Vaccination in the Punjab 1919-1929 - 1919-1929
Year: 1919
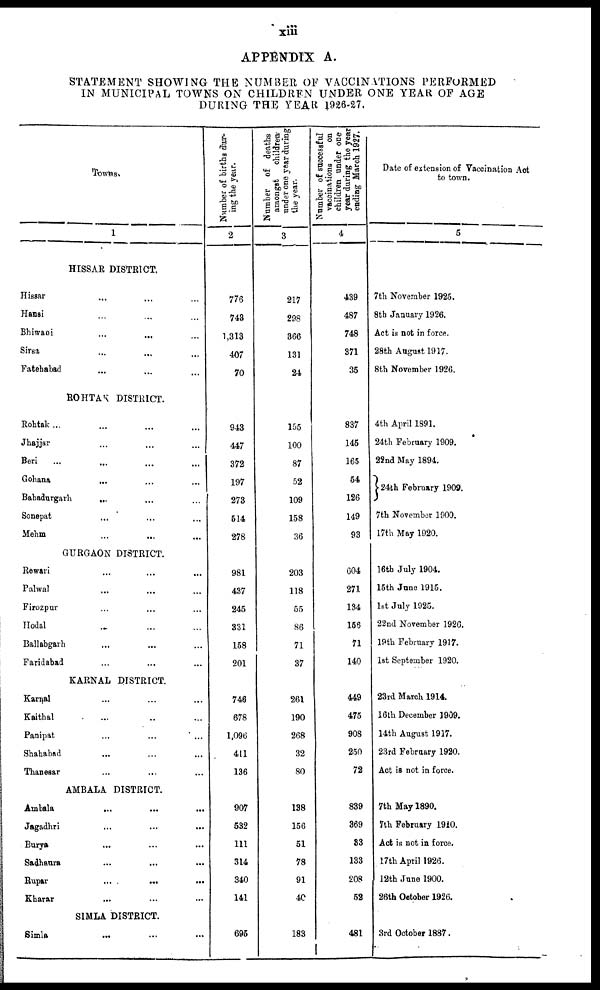
xiii
APPENDIX A.
STATEMENT SHOWING THE NUMBER OF VACCINATIONS PERFORMED
IN MUNICIPAL TOWNS ON CHILDREN UNDER ONE YEAR OF AGE
DURING THE YEAR 1926-27.
Towns.
1
HISSAR DISTRICT.
Hissar ... ... ...
Hansi ... ... ...
Bhiwani ... ... ...
Sirsa ... ... ...
Fatehabad ... ... ...
ROHTAK DISTRICT.
Rohtak ... ... ...
Jhajjar ... ... ...
Beri ... ... ...
Gohana ... ... ...
Bahadurgarh ... ... ...
Sonepat ... ... ...
Mehm ... ... ...
GURGAON DISTRICT.
Rewari ... ... ...
Palwal ... ... ...
Firozpur ... ... ...
Hodal ... ... ...
Ballabgarh ... ... ...
Faridabad ... ... ...
KARNAL DISTRICT.
Karnal ... ... ...
Kaithal ... ... ...
Panipat ... ... ...
Shahabad ... ... ...
Thanesar ... ... ...
AMBALA DISTRICT.
Ambala
...
...
...
Jagadhri ... ... ...
Burya ... ... ...
Sadhaura ... ... ...
Rupar
...
...
...
Kharar ... ... ...
SIMLA DISTRICT.
Simla ... ... ...
Number of births dur-
ing the year.
2
776
743
1,313
407
70
943
447
372
197
273
514
278
981
437
245
331
158
201
746
678
1,096
411
136
907
532
111
314
340
141
695
Number of deaths
amongst
children
under one year during
the year.
3
217
298
366
131
24
155
100
87
52
109
158
36
203
118
55
86
71
37
261
190
268
32
80
138
156
51
78
91
40
183
Number of successful
vaccinations
on
children under one
year during the year
ending March 1927.
4
439
487
748
371
35
837
145
165
54
126
149
93
604
271
134
156
71
140
449
475
908
250
72
839
369
33
133
208
52
481
Date of extension of Vaccination Act
to town.
5
7th November 1925.
8th January 1926.
Act is not in force.
28th August 1917.
8th November 1926.
4th April 1891.
24th February 1909.
22nd May 1894.
24th February 1909.
7th November 1900.
17th May 1920.
16th July 1904.
15th June 1915.
1st July 1925.
22nd November 1926.
19th February 1917.
1st September 1920.
23rd March 1914.
16th December 1909.
14th August 1917.
23rd February 1920.
Act is not in force.
7th May 1890.
7th February 1910.
Act is not in force.
17th April 1926.
12th June 1900.
26th October 1926.
3rd October 1887.